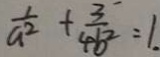
\frac { 1 } { a ^ { 2 } } + \frac { 3 } { 4 b ^ { 2 } } = 1 .